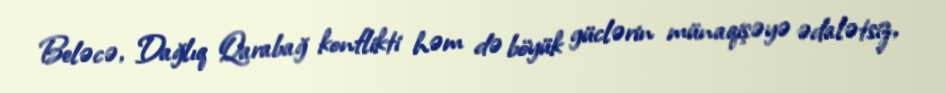
Beləcə, Dağlıq Qarabağ konflikti həm də böyük güclərin münaqişəyə ədalətsiz,